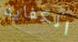
الكفايه